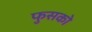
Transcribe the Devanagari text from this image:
फुसको